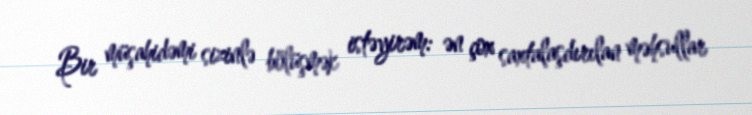
Bir müşahidəmi sizinlə bölüşmək istəyirəm: ən çox saxtalaşdırılan məhsullar